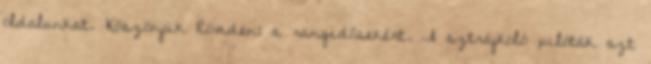
oldalunkat. Köszönjük Röviden: a rangidősekért. A sztrájkoló pilóták azt